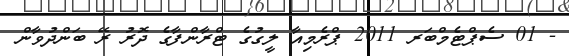
- 01 ސެޕްޓެމްބަރ 2011 ޕްރެމިއާ ލީގުގެ ޓްރާންފާގެ ދޮރު ރޭ ބަންދުވާން